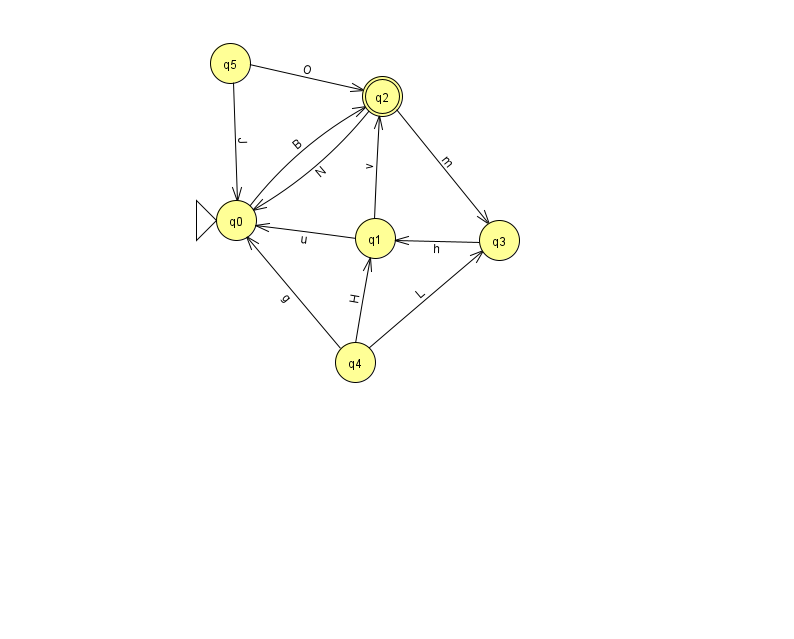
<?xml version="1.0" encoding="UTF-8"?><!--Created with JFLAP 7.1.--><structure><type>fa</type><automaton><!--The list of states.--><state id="0" name="q0"><x>236.0</x><y>207.0</y><initial/></state><state id="1" name="q1"><x>375.0</x><y>225.0</y></state><state id="2" name="q2"><x>382.0</x><y>83.0</y><final/></state><state id="3" name="q3"><x>499.0</x><y>227.0</y></state><state id="4" name="q4"><x>355.0</x><y>349.0</y></state><state id="5" name="q5"><x>230.0</x><y>50.0</y></state><!--The list of transitions.--><transition><from>4</from><to>1</to><read>H</read></transition><transition><from>0</from><to>2</to><read>B</read></transition><transition><from>2</from><to>3</to><read>m</read></transition><transition><from>3</from><to>1</to><read>h</read></transition><transition><from>1</from><to>0</to><read>u</read></transition><transition><from>1</from><to>2</to><read>v</read></transition><transition><from>5</from><to>2</to><read>O</read></transition><transition><from>4</from><to>0</to><read>g</read></transition><transition><from>2</from><to>0</to><read>N</read></transition><transition><from>4</from><to>3</to><read>L</read></transition><transition><from>5</from><to>0</to><read>J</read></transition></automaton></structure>